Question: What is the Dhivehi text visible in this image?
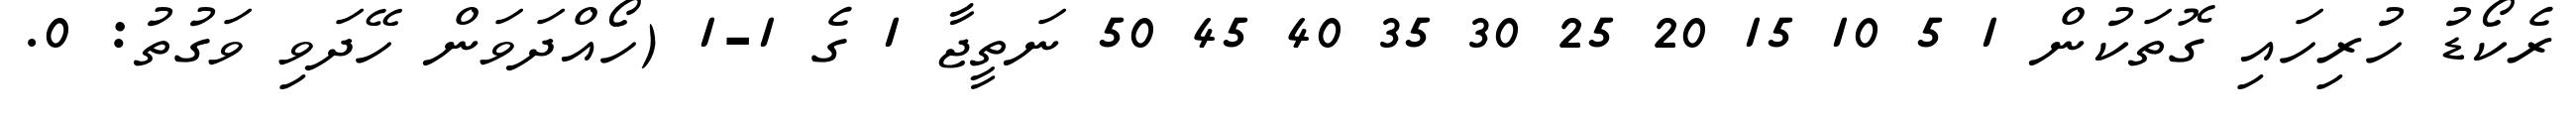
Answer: ރެކޯޑު ހުރިހައި ގޮތަކުން 1 5 10 15 20 25 30 35 40 45 50 ނަތީޖާ 1 ގެ 1-1 (ހޯއްދަވަން ހޭދަވި ވަގުތު: 0.